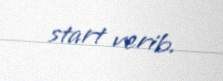
start verib.